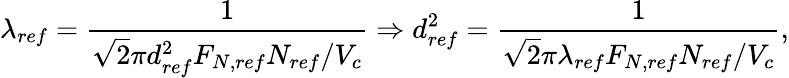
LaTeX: \lambda_{ref}=\frac{1}{\sqrt{2}\pi d_{ref}^{2}F_{N,ref}N_{ref}/V_{c}}\Rightarrow d_{ref}^{2}=\frac{1}{\sqrt{2}\pi\lambda_{ref}F_{N,ref}N_{ref}/V_{c}},